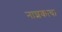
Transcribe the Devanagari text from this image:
नाशकाचा